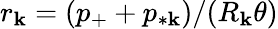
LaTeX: r_{\mathbf{k}}=(p_{+}+p_{*\mathbf{k}})/(R_{\mathbf{k}}\theta)